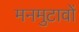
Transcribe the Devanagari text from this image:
मनमुटावों